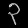
Digit: ၃